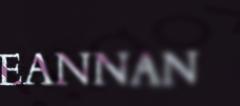
EANNAN